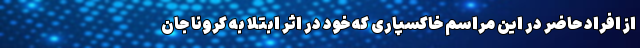
از افراد حاضر در این مراسم خاکسپاری که خود در اثر ابتلا به کرونا جان